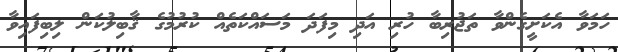
ހަމަވާ އެކަށީގެންވާ ތަޖުރިބާ ހުރި އަދި މިފަދަ މަސައްކަތެއް ކުރުމުގެ ޤާބިލުކަން ލިބިފައިވާ